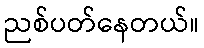
ညစ်ပတ်နေတယ်။